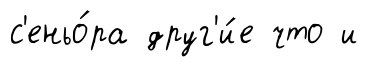
с'еньо́ра друг'и́е что и